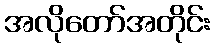
အလိုတော်အတိုင်း